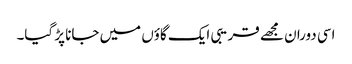
اسی دوران مجھے قریبی ایک گاؤں میں جانا پڑ گیا۔